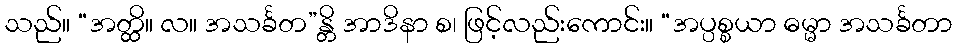
သည်။ “အတ္ထိ။ လ။ အသင်္ခတ”န္တိ အာဒိနာ စ၊ ဖြင့်လည်းကောင်း။ “အပ္ပစ္စယာ ဓမ္မာ အသင်္ခတာ